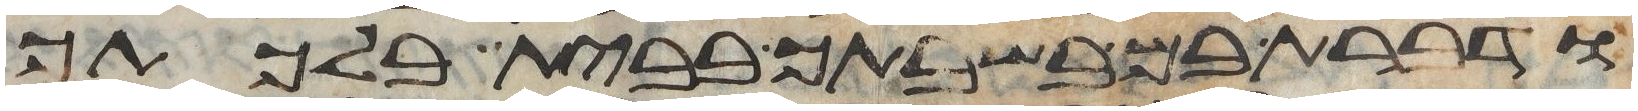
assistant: ודברת בם בשבתך בבית בלכתך